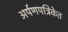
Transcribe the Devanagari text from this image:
अर्पणपत्रिकेत